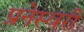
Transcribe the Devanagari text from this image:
प्रनेस्वरी